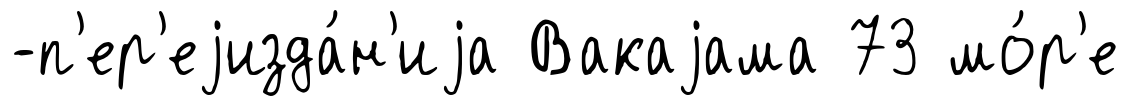
-п'ер'еjизда́н'иjа Вакаjама 73 мо́р'е